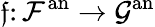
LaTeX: \mathfrak{f}\colon{\mathcal{{F}}}^{\mathrm{{an}}}\rightarrow{\mathcal{{G}}}^{\mathrm{{an}}}